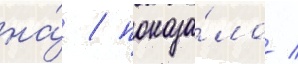
на́ / показа́ло /